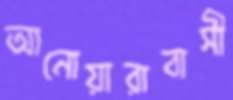
আনোয়ারাবাসী